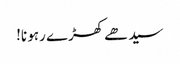
سیدھے کھڑے رہو نا!